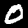
Digit: 0